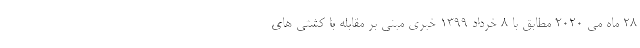
۲۸ ماه می ۲۰۲۰ مطابق با ۸ خرداد ۱۳۹۹ خبری مبنی بر مقابله با کشتی های